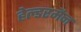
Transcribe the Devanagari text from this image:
हेल्डरमैन